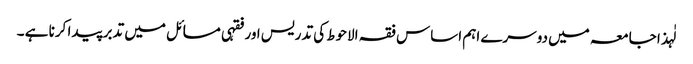
لٰہذا جامعہ میں دوسرے اہم اساس فقہ الاحوط کی تدریس اور فقہی مسائل میں تدبر پیدا کرنا ہے ۔